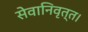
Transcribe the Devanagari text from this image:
सेवानिवृत्‍त।